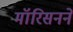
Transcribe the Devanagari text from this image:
मॉरिसनने